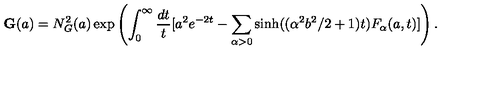
\mathbf { G } ( a ) = N _ { G } ^ { 2 } ( a ) \exp \left( \int _ { 0 } ^ { \infty } \frac { d t } { t } [ a ^ { 2 } e ^ { - 2 t } - \sum _ { \alpha > 0 } \sinh ( ( \alpha ^ { 2 } b ^ { 2 } / 2 + 1 ) t ) F _ { \alpha } ( a , t ) ] \right) .